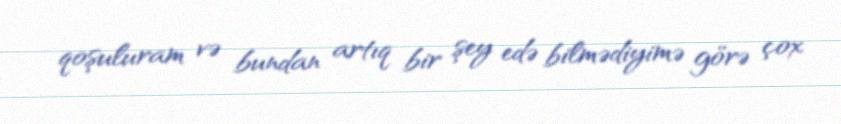
qoşuluram və bundan artıq bir şey edə bilmədiyimə görə çox